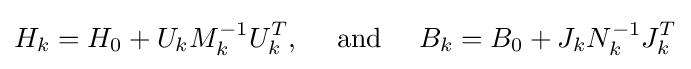
H_{k}=H_{0}+U_{k}M_{k}^{-1}U_{k}^{T},\quad {\text{ and }}\quad B_{k}=B_{0}+J_{k}N_{k}^{-1}J_{k}^{T}